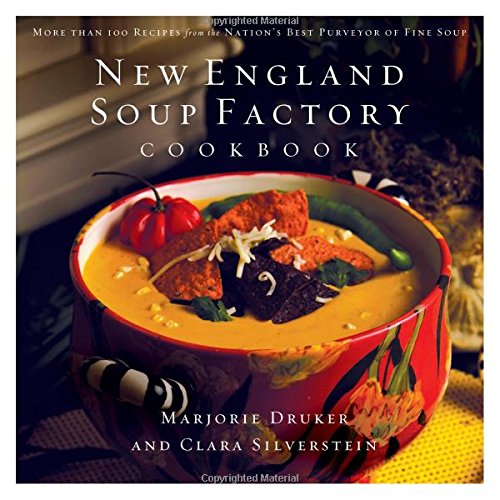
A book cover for New England Soup Factory Cookbook: More Than 100 Recipes from the Nation's Best Purveyor of Fine Soup; Marjorie Druker; Cookbooks, Food & Wine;